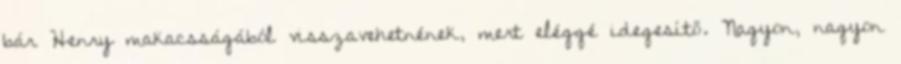
bár Henry makacsságából visszavehetnének, mert eléggé idegesítő. Nagyon, nagyon